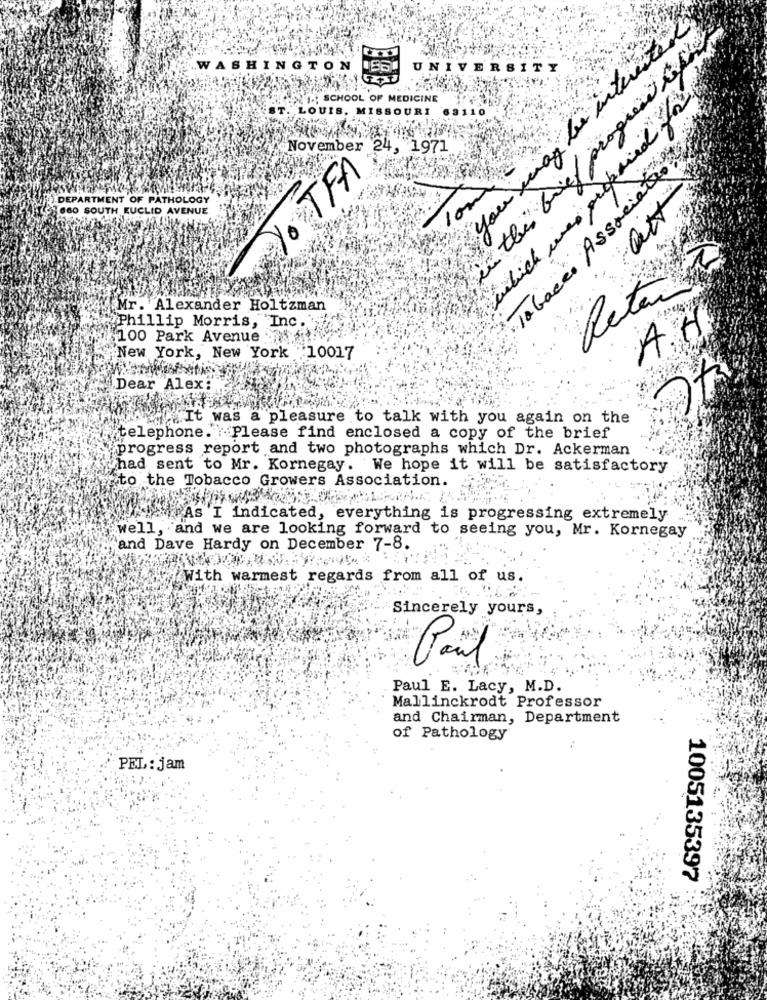
you may be interested
in this feed progress the
WASHINGTON
UNIVERSITY
1 .; SCHOOL OF MEDICINE
which was prepared for
ST.
LOUIS, MISSOURI
63110
November 24, 1971
· TFA
DEPARTMENT OF PATHOLOGY
Tabacco Associa
att
3660 SOUTH EUCLID AVENUE
Retain
Mr. Alexander Holtzman
Phillip Morris, Inc.
AH
100 Park Avenue
New York, New York 10017
Dear Alex?
It was a pleasure to talk with you again on the
telephone. Please find enclosed a copy of the brief
progress report and two photographs which Dr. Ackerman
had sent to Mr. Kornegay. We hope it will be satisfactory
to the Tobacco Growers Association.
hiPAS I indicated, everything is progressing extremely
well, and we are looking forward to seeing you, Mr. Kornegay
and Dave Hardy on December 7-8.
{ With warmest regards from all of us.
Sincerely yours,
Paul
Paul E. Lacy, M.D.
Mallinckrodt Professor
and Chairman, Department
of Pathology
PEL: jam
1005135397